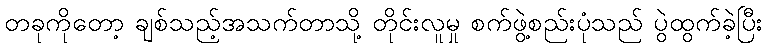
တခုကိုတော့ ချစ်သည့်အသက်တာသို့ တိုင်းလူမှု စက်ဖွဲ့စည်းပုံသည် ပွဲထွက်ခဲ့ပြီး